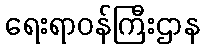
ရေးရာဝန်ကြီးဌာန